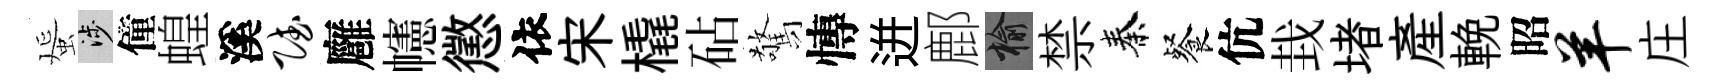
蜑涉僮蝗溪赋廱幰懲依宋橇砧驚慱迸鄜榆禁秦餐伉㘽堵産輓昭羊庄